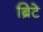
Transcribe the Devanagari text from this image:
ब्रिटे